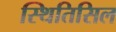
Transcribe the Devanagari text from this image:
स्थितिसिल